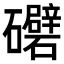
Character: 𥗲